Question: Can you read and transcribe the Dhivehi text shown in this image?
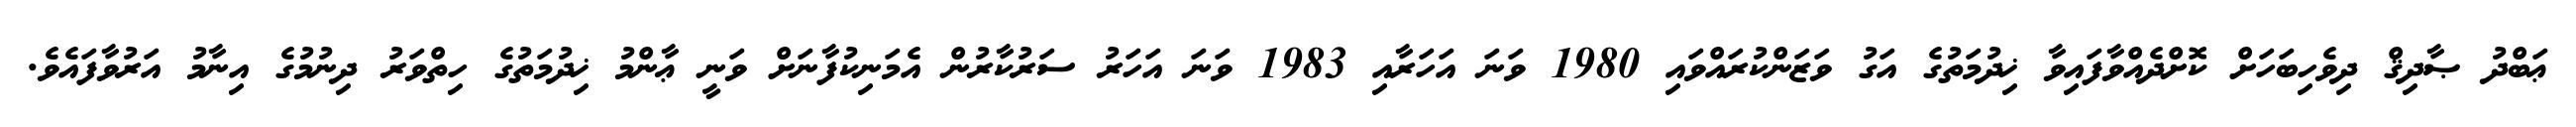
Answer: ޢަބްދު ޞާދިޤް ދިވެހިބަހަށް ކޮށްދެއްވާފައިވާ ޚިދުމަތުގެ އަގު ވަޒަންކުރައްވައި 1980 ވަނަ އަހަރާއި 1983 ވަނަ އަހަރު ސަރުކާރުން އެމަނިކުފާނަށް ވަނީ ޢާންމު ޚިދުމަތުގެ ހިތްވަރު ދިނުމުގެ އިނާމު އަރުވާފައެވެ.